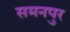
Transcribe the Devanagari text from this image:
समनपुर